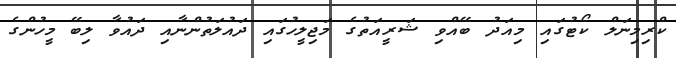
ކްރިމިނަލް ކޯޓުގައި މިއަދު ބޭއްވި ޝަރީއަތުގެ މަޖިލީހުގައި ދައުލަތުންނާއި ދައުވާ ލިބޭ މީހުންގެ